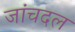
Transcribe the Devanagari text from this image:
जांचदल